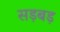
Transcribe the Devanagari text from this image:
सड़बड़